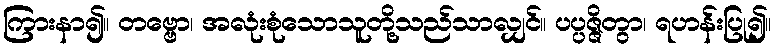
ကြားနာ၍။ တဗ္ဗော၊ အလုံးစုံသောသူတို့သည်သာလျှင်။ ပပ္ပဇ္ဇိတွာ၊ ရဟန်းပြု၍။